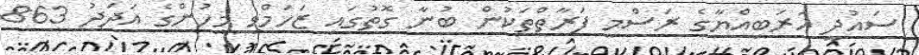
ސައުދީ އަރަބިއްޔާގެ ރަސްމީ ފަރާތްތަކުން ބުނާ ގޮތުގައި ޒަހަމްވި މީހުންގެ އަދަދު 863